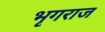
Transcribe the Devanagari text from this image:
भृगराज